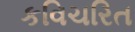
કવિચરિત